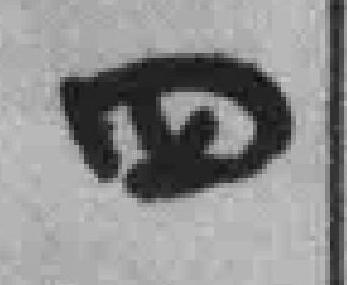
四